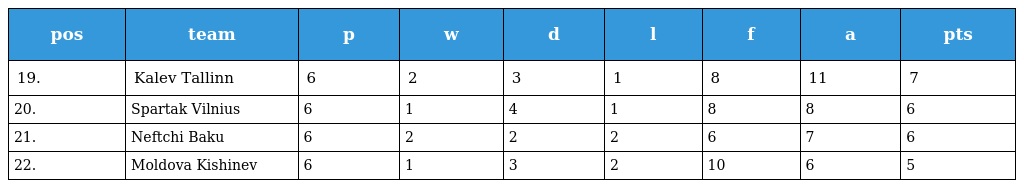
| pos | team | p | w | d | l | f | a | pts |
 | --- | --- | --- | --- | --- | --- | --- | --- | --- |
 | 19. | Kalev Tallinn | 6 | 2 | 3 | 1 | 8 | 11 | 7 |
 | 20. | Spartak Vilnius | 6 | 1 | 4 | 1 | 8 | 8 | 6 |
 | 21. | Neftchi Baku | 6 | 2 | 2 | 2 | 6 | 7 | 6 |
 | 22. | Moldova Kishinev | 6 | 1 | 3 | 2 | 10 | 6 | 5 |